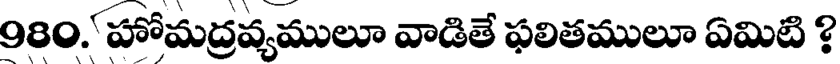
980. హోమద్రవ్యములూ వాడితే ఫలితములూ ఏమిటి ?